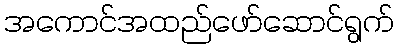
အကောင်အထည်ဖော်ဆောင်ရွက်